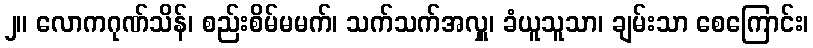
၂။ လောကဂုဏ်သိန်၊ စည်းစိမ်မမက်၊ သက်သက်အလှူ၊ ခံယူသူသာ၊ ချမ်းသာ စေကြောင်း၊